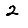
Digit: 2